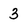
Character: 3